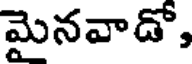
మైనవాడో,